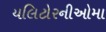
યલિટોરનીઓમા